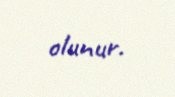
olunur.